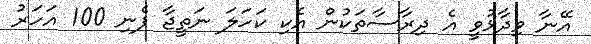
އޭނާ ވިދާޅުވީ އެ ދިރާސާތަކުން އެކި ކަހަލަ ނަތީޖާ ފެނި 100 އަހަރު